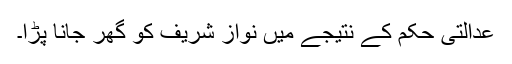
عدالتی حکم کے نتیجے میں نواز شریف کو گھر جانا پڑا۔